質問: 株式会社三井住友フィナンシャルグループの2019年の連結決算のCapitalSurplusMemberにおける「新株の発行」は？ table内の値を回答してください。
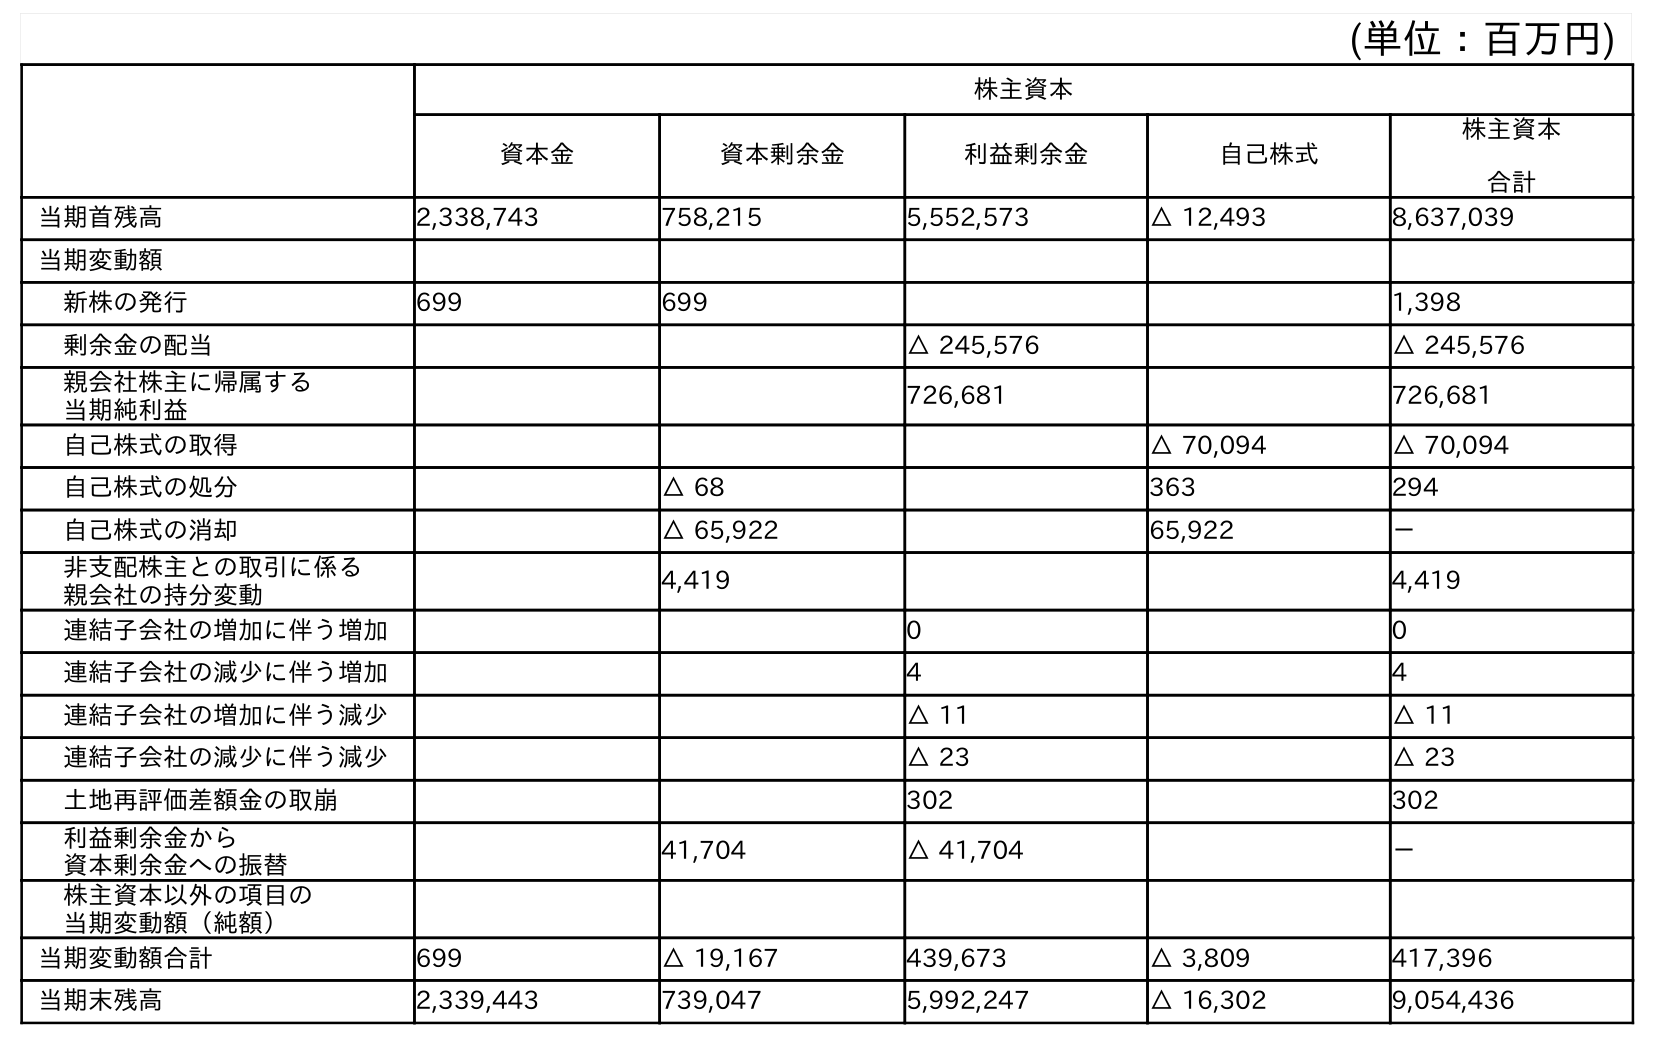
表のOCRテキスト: (単位：百万円) 株主資本 資本金 資本剰余金 利益剰余金 自己株式 株主資本 合計 当期首残高 2,338,743 758,215 5,552,573 △ 12,493 8,637,039 当期変動額 新株の発行 699 699 1,398 剰余金の配当 △ 245,576 △ 245,576 親会社株主に帰属する 当期純利益 726,681 726,681 自己株式の取得 △ 70,094 △ 70,094 自己株式の処分 △ 68 363 294 自己株式の消却 △ 65,922 65,922 － 非支配株主との取引に係る 親会社の持分変動 4,419 4,419 連結子会社の増加に伴う増加 0 0 連結子会社の減少に伴う増加 4 4 連結子会社の増加に伴う減少 △ 11 △ 11 連結子会社の減少に伴う減少 △ 23 △ 23 土地再評価差額金の取崩 302 302 利益剰余金から 資本剰余金への振替 41,704 △ 41,704 － 株主資本以外の項目の 当期変動額（純額） 当期変動額合計 699 △ 19,167 439,673 △ 3,809 417,396 当期末残高 2,339,443 739,047 5,992,247 △ 16,302 9,054,436
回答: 699